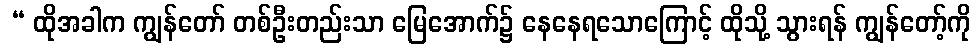
 “ ထိုအခါက ကျွန်တော် တစ်ဦးတည်းသာ မြေအောက်၌ နေနေရသောကြောင့် ထိုသို့ သွားရန် ကျွန်တော့်ကို